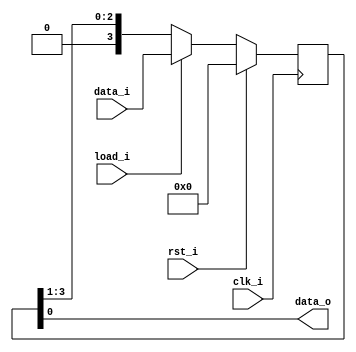
//--------------------------------------------------------------------------------
// Dependencies : 
// Description  : 4-bit parallel in serial out shift register
//--------------------------------------------------------------------------------

module piso(
  input            clk_i , // Clock
  input            rst_i , // Reset
  input            load_i, // Load eanble input
  input      [3:0] data_i, // Parallel data input
  output           data_o  // Serial data output
);
  
  reg  [3:0] shift_reg; // 4-bit shift register
  
  // Assign output serial data
  assign data_o = shift_reg[0];
  
  // Sequential Logic
  always@(posedge clk_i)begin
    if(rst_i)begin
    // Clear on reset
      shift_reg <= 'h0;
    end else begin
      if(load_i)begin
      // Load parallel data
        shift_reg <= data_i;
      end else begin
      // Shift data to right
        shift_reg <= {1'b0, shift_reg[3:1]};
      end
    end
  end
  
endmodule